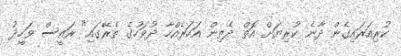
ކުރިއަރައިގެން ދާނެ ކުރިޔަށް އޮތް ދެތިން އަހަރެއްހާ ދުވަހުގެ ތެރޭގައި" ރައީސް ވަހީދު